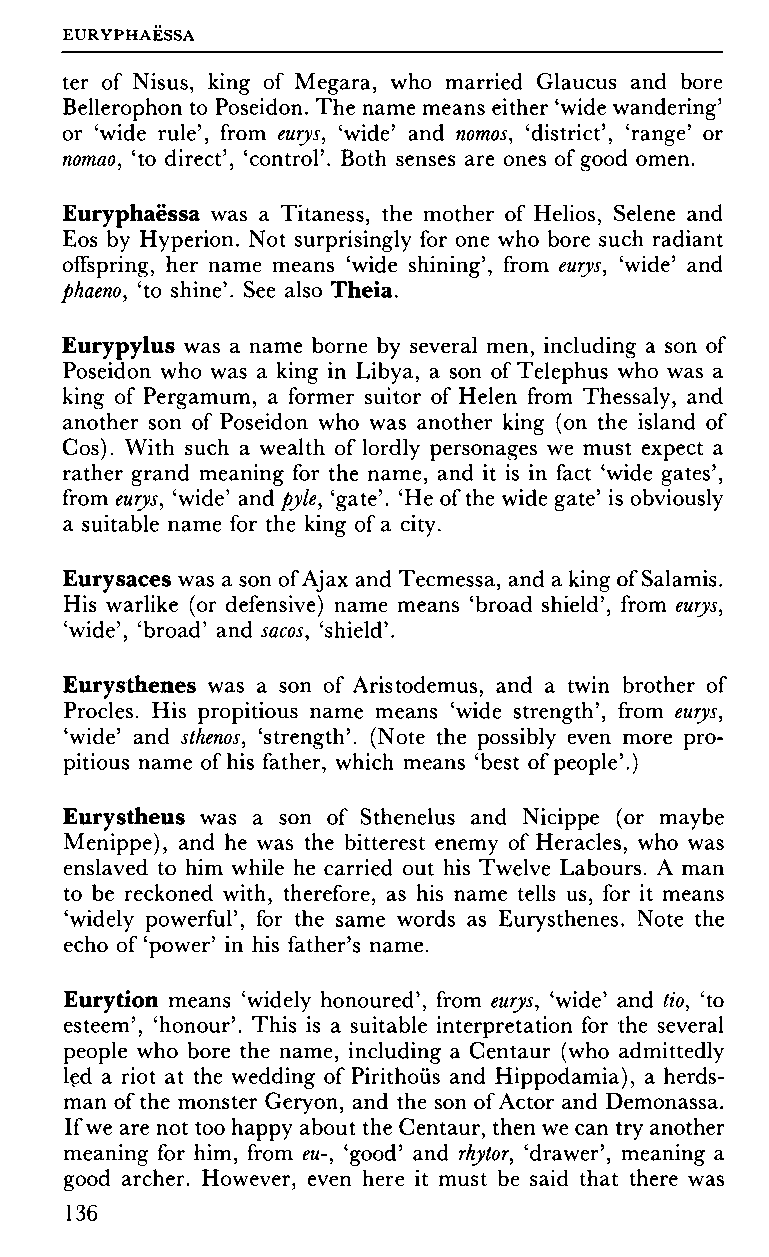
EURYPHAESSA
 ter of Nisus, king of Megara, who married Glaucus and bore
 Bellerophon to Poseidon. The name means either 'wide wandering'
 or 'wide rule', from eurys, 'wide' and nomos, 'district', 'range' or
 nomao, 'to direct', 'control'. Both senses are ones of good omen.
 Euryphaëssa was a Titaness, the mother of Helios, Selene and
 Eos by Hyperion. Not surprisingly for one who bore such radiant
 offspring, her name means 'wide shining', from eurys, 'wide' and
 phaeno, 'to shine'. See also Theia.
 Eurypylus was a name borne by several men, including a son of
 Poseidon who was a king in Libya, a son of Telephus who was a
 king of Pergamum, a former suitor of Helen from Thessaly, and
 another son of Poseidon who was another king (on the island of
 Cos). With such a wealth of lordly personages we must expect a
 rather grand meaning for the name, and it is in fact 'wide gates',
 from eurys, 'wide' and pyle, 'gate'. 'He of the wide gate' is obviously
 a suitable name for the king of a city.
 Eurysaces was a son of Ajax and Tecmessa, and a king of Salamis.
 His warlike (or defensive) name means 'broad shield', from eurys,
 'wide', 'broad' and sacos, 'shield'.
 Eurysthenes was a son of Aristodemus, and a twin brother of
 Procles. His propitious name means 'wide strength', from eurys,
 'wide' and sthenos, 'strength'. (Note the possibly even more pro
 pitious name of his father, which means 'best of people'.)
 Eurystheus was a son of Sthenelus and Nicippe (or maybe
 Menippe), and he was the bitterest enemy of Heracles, who was
 enslaved to him while he carried out his Twelve Labours. A man
 to be reckoned with, therefore, as his name tells us, for it means
 'widely powerful', for the same words as Eurysthenes. Note the
 echo of 'power' in his father's name.
 Eurytion means 'widely honoured', from eurys, 'wide' and tio, 'to
 esteem', 'honour'. This is a suitable interpretation for the several
 people who bore the name, including a Centaur (who admittedly
 led a riot at the wedding of Pirithoüs and Hippodamia), a herds
 man of the monster Geryon, and the son of Actor and Demonassa.
 If we are not too happy about the Centaur, then we can try another
 meaning for him, from eu-, 'good' and rhytor, 'drawer', meaning a
 good archer. However, even here it must be said that there was
 136